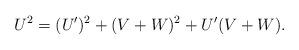
LaTeX: \begin{align*}U^2=(U')^2+(V+W)^2+U'(V+W).\end{align*}